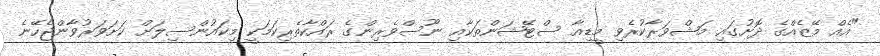
"އެއް މޭޒެއްގެ ދޮށުގައި މަޝްވަރާކުރެވި މީޑިއާ ސްޓޭޝަންތަކާއި ނޫސްވެރިންގެ ރައްކާތެރިކަމަކީ މިކައުންސިލަށް ކަށަވަރުވާންޖެހޭނެ